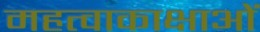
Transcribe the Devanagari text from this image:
महत्वाकाक्षाओं